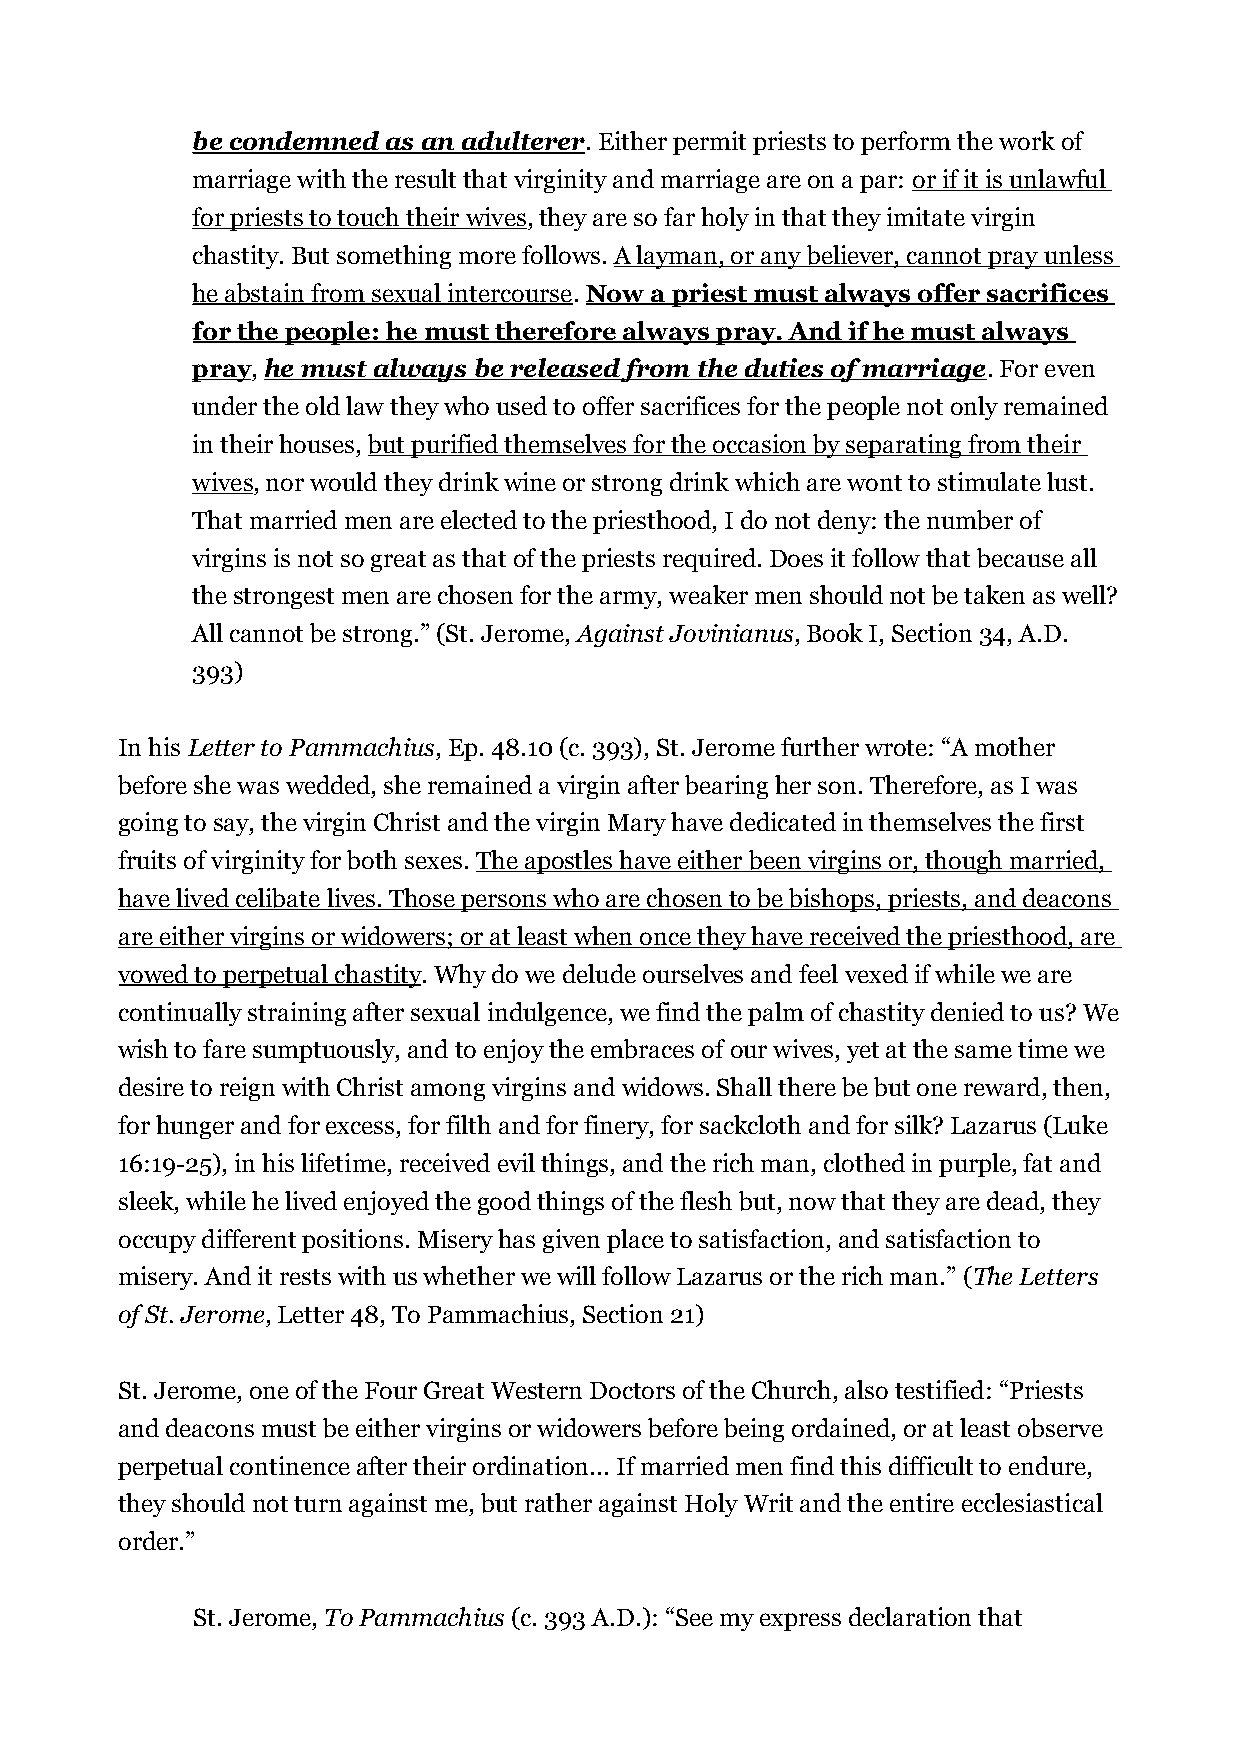
be condemned as an adulterer. Either permit priests to perform the work of
 marriage with the result that virginity and marriage are on a par: or if it is unlawful
 for priests to touch their wives, they are so far holy in that they imitate virgin
 chastity. But something more follows. A layman, or any believer, cannot pray unless
 he abstain from sexual intercourse. Now a priest must always offer sacrifices
 for the people: he must therefore always pray. And if he must always
 pray, he must always be released from the duties of marriage. For even
 under the old law they who used to offer sacrifices for the people not only remained
 in their houses, but purified themselves for the occasion by separating from their
 wives, nor would they drink wine or strong drink which are wont to stimulate lust.
 That married men are elected to the priesthood, I do not deny: the number of
 virgins is not so great as that of the priests required. Does it follow that because all
 the strongest men are chosen for the army, weaker men should not be taken as well?
 All cannot be strong.” (St. Jerome, Against Jovinianus, Book I, Section 34, A.D.
 393)
 In his Letter to Pammachius, Ep. 48.10 (c. 393), St. Jerome further wrote: “A mother
 before she was wedded, she remained a virgin after bearing her son. Therefore, as I was
 going to say, the virgin Christ and the virgin Mary have dedicated in themselves the first
 fruits of virginity for both sexes. The apostles have either been virgins or, though married,
 have lived celibate lives. Those persons who are chosen to be bishops, priests, and deacons
 are either virgins or widowers; or at least when once they have received the priesthood, are
 vowed to perpetual chastity. Why do we delude ourselves and feel vexed if while we are
 continually straining after sexual indulgence, we find the palm of chastity denied to us? We
 wish to fare sumptuously, and to enjoy the embraces of our wives, yet at the same time we
 desire to reign with Christ among virgins and widows. Shall there be but one reward, then,
 for hunger and for excess, for filth and for finery, for sackcloth and for silk? Lazarus (Luke
 16:19-25), in his lifetime, received evil things, and the rich man, clothed in purple, fat and
 sleek, while he lived enjoyed the good things of the flesh but, now that they are dead, they
 occupy different positions. Misery has given place to satisfaction, and satisfaction to
 misery. And it rests with us whether we will follow Lazarus or the rich man.” (The Letters
 of St. Jerome, Letter 48, To Pammachius, Section 21)
 St. Jerome, one of the Four Great Western Doctors of the Church, also testified: “Priests
 and deacons must be either virgins or widowers before being ordained, or at least observe
 perpetual continence after their ordination... If married men find this difficult to endure,
 they should not turn against me, but rather against Holy Writ and the entire ecclesiastical
 order.”
 St. Jerome, To Pammachius (c. 393 A.D.): “See my express declaration that